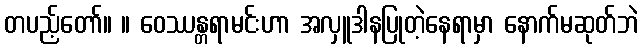
တပည့်တော်။ ။ ဝေဿန္တရာမင်းဟာ အလှူဒါနပြုတဲ့နေရာမှာ နောက်မဆုတ်ဘဲ